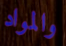
والمواد